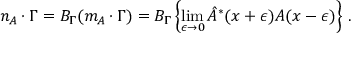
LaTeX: n _ { A } \cdot \Gamma = { \cal B } _ { \Gamma } ( m _ { A } \cdot \Gamma ) = { \cal B } _ { \Gamma } \left\{ \operatorname * { l i m } _ { \epsilon \to 0 } { \hat { A } } ^ { * } ( x + \epsilon ) A ( x - \epsilon ) \right\} \, .